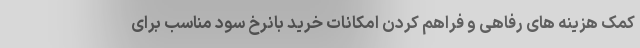
کمک‌ هزینه های رفاهی و فراهم کردن امکانات خرید بانرخ سود مناسب برای